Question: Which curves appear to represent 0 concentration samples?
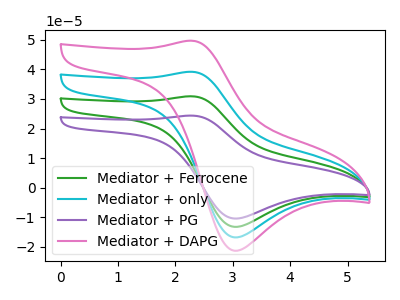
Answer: <think>The green curve "Mediator + Ferrocene" has an anodic peak at (2.30V, 78.40uA) and a cathodic peak at (3.05V, -33.75uA). The cyan curve "Mediator + only" has an anodic peak at (2.30V, 39.20uA) and a cathodic peak at (3.05V, -16.85uA). The purple curve "Mediator + PG" has an anodic peak at (2.30V, 117.60uA) and a cathodic peak at (3.05V, -50.60uA). The pink curve "Mediator + DAPG" has an anodic peak at (2.30V, 49.70uA) and a cathodic peak at (3.05V, -21.40uA).</think>
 <answer>There are not any CV's on this graph that are likely to be blanks.</answer>
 <eval>none</eval>